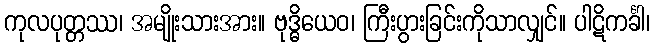
ကုလပုတ္တဿ၊ အမျိုးသားအား။ ဗုဒ္ဓိယေဝ၊ ကြီးပွားခြင်းကိုသာလျှင်။ ပါဋိကင်္ခါ၊